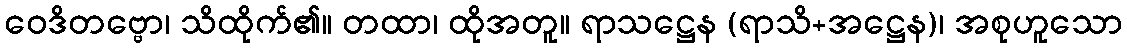
ဝေဒိတဗ္ဗော၊ သိထိုက်၏။ တထာ၊ ထိုအတူ။ ရာသဋ္ဌေန (ရာသိ+အဋ္ဌေန)၊ အစုဟူသော